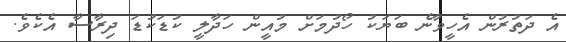
އެ ދަތުރުން އެހީވާނެ ބަޔަކު ހޯދުމަށް މުއީން ހަދާލީ ކުޑަކުޑަ ދިރާސާ އެކެވެ.